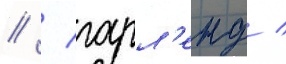
// / гарл'енд /